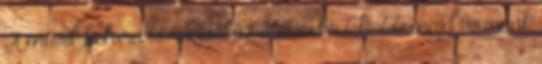
A másik fickóra is rávetül az őrmester tekintete,majd Ivánnak